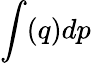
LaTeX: \int(q)dp